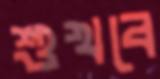
শুখবে